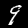
Label: 9